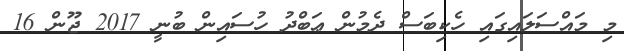
މި މައްސަލައިގައި ހެކިބަސް ދެމުން ޢަބްދު ހުސައިން ބުނީ 2017 ޖޫން 16